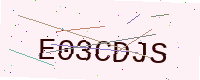
Text: E03CDJS